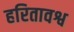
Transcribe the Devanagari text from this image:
हरितावश्व